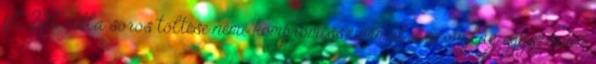
pl. 2db cella soros töltése némi kompromisszummal viszonylag egyszerûen